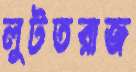
লুটতরাজ